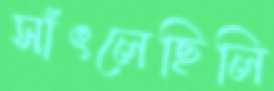
সাঁৎলেছিলি